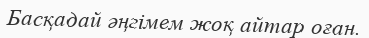
Басқадай әңгімем жоқ айтар оған.